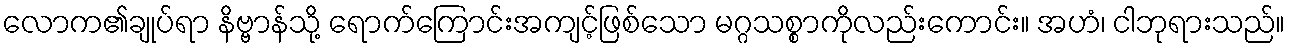
လောက၏ချုပ်ရာ နိဗ္ဗာန်သို့ ရောက်ကြောင်းအကျင့်ဖြစ်သော မဂ္ဂသစ္စာကိုလည်းကောင်း။ အဟံ၊ ငါဘုရားသည်။